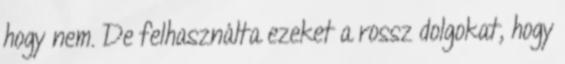
hogy nem. De felhasználta ezeket a rossz dolgokat, hogy